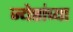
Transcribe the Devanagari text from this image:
ज्येष्ठांच्या